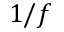
1 / f